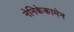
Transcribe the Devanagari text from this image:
नेनिकेकामेन